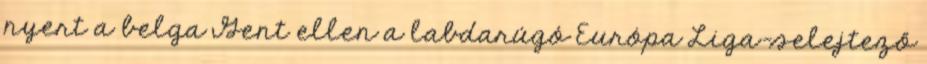
nyert a belga Gent ellen a labdarúgó Európa Liga-selejtező